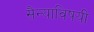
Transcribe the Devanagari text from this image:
सैन्याविषयी